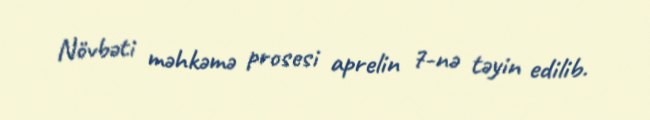
Növbəti məhkəmə prosesi aprelin 7-nə təyin edilib.